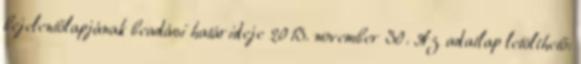
bejelentőlapjának beadási határideje 2013. november 30. Az adatlap letölthető: